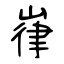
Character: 嵂